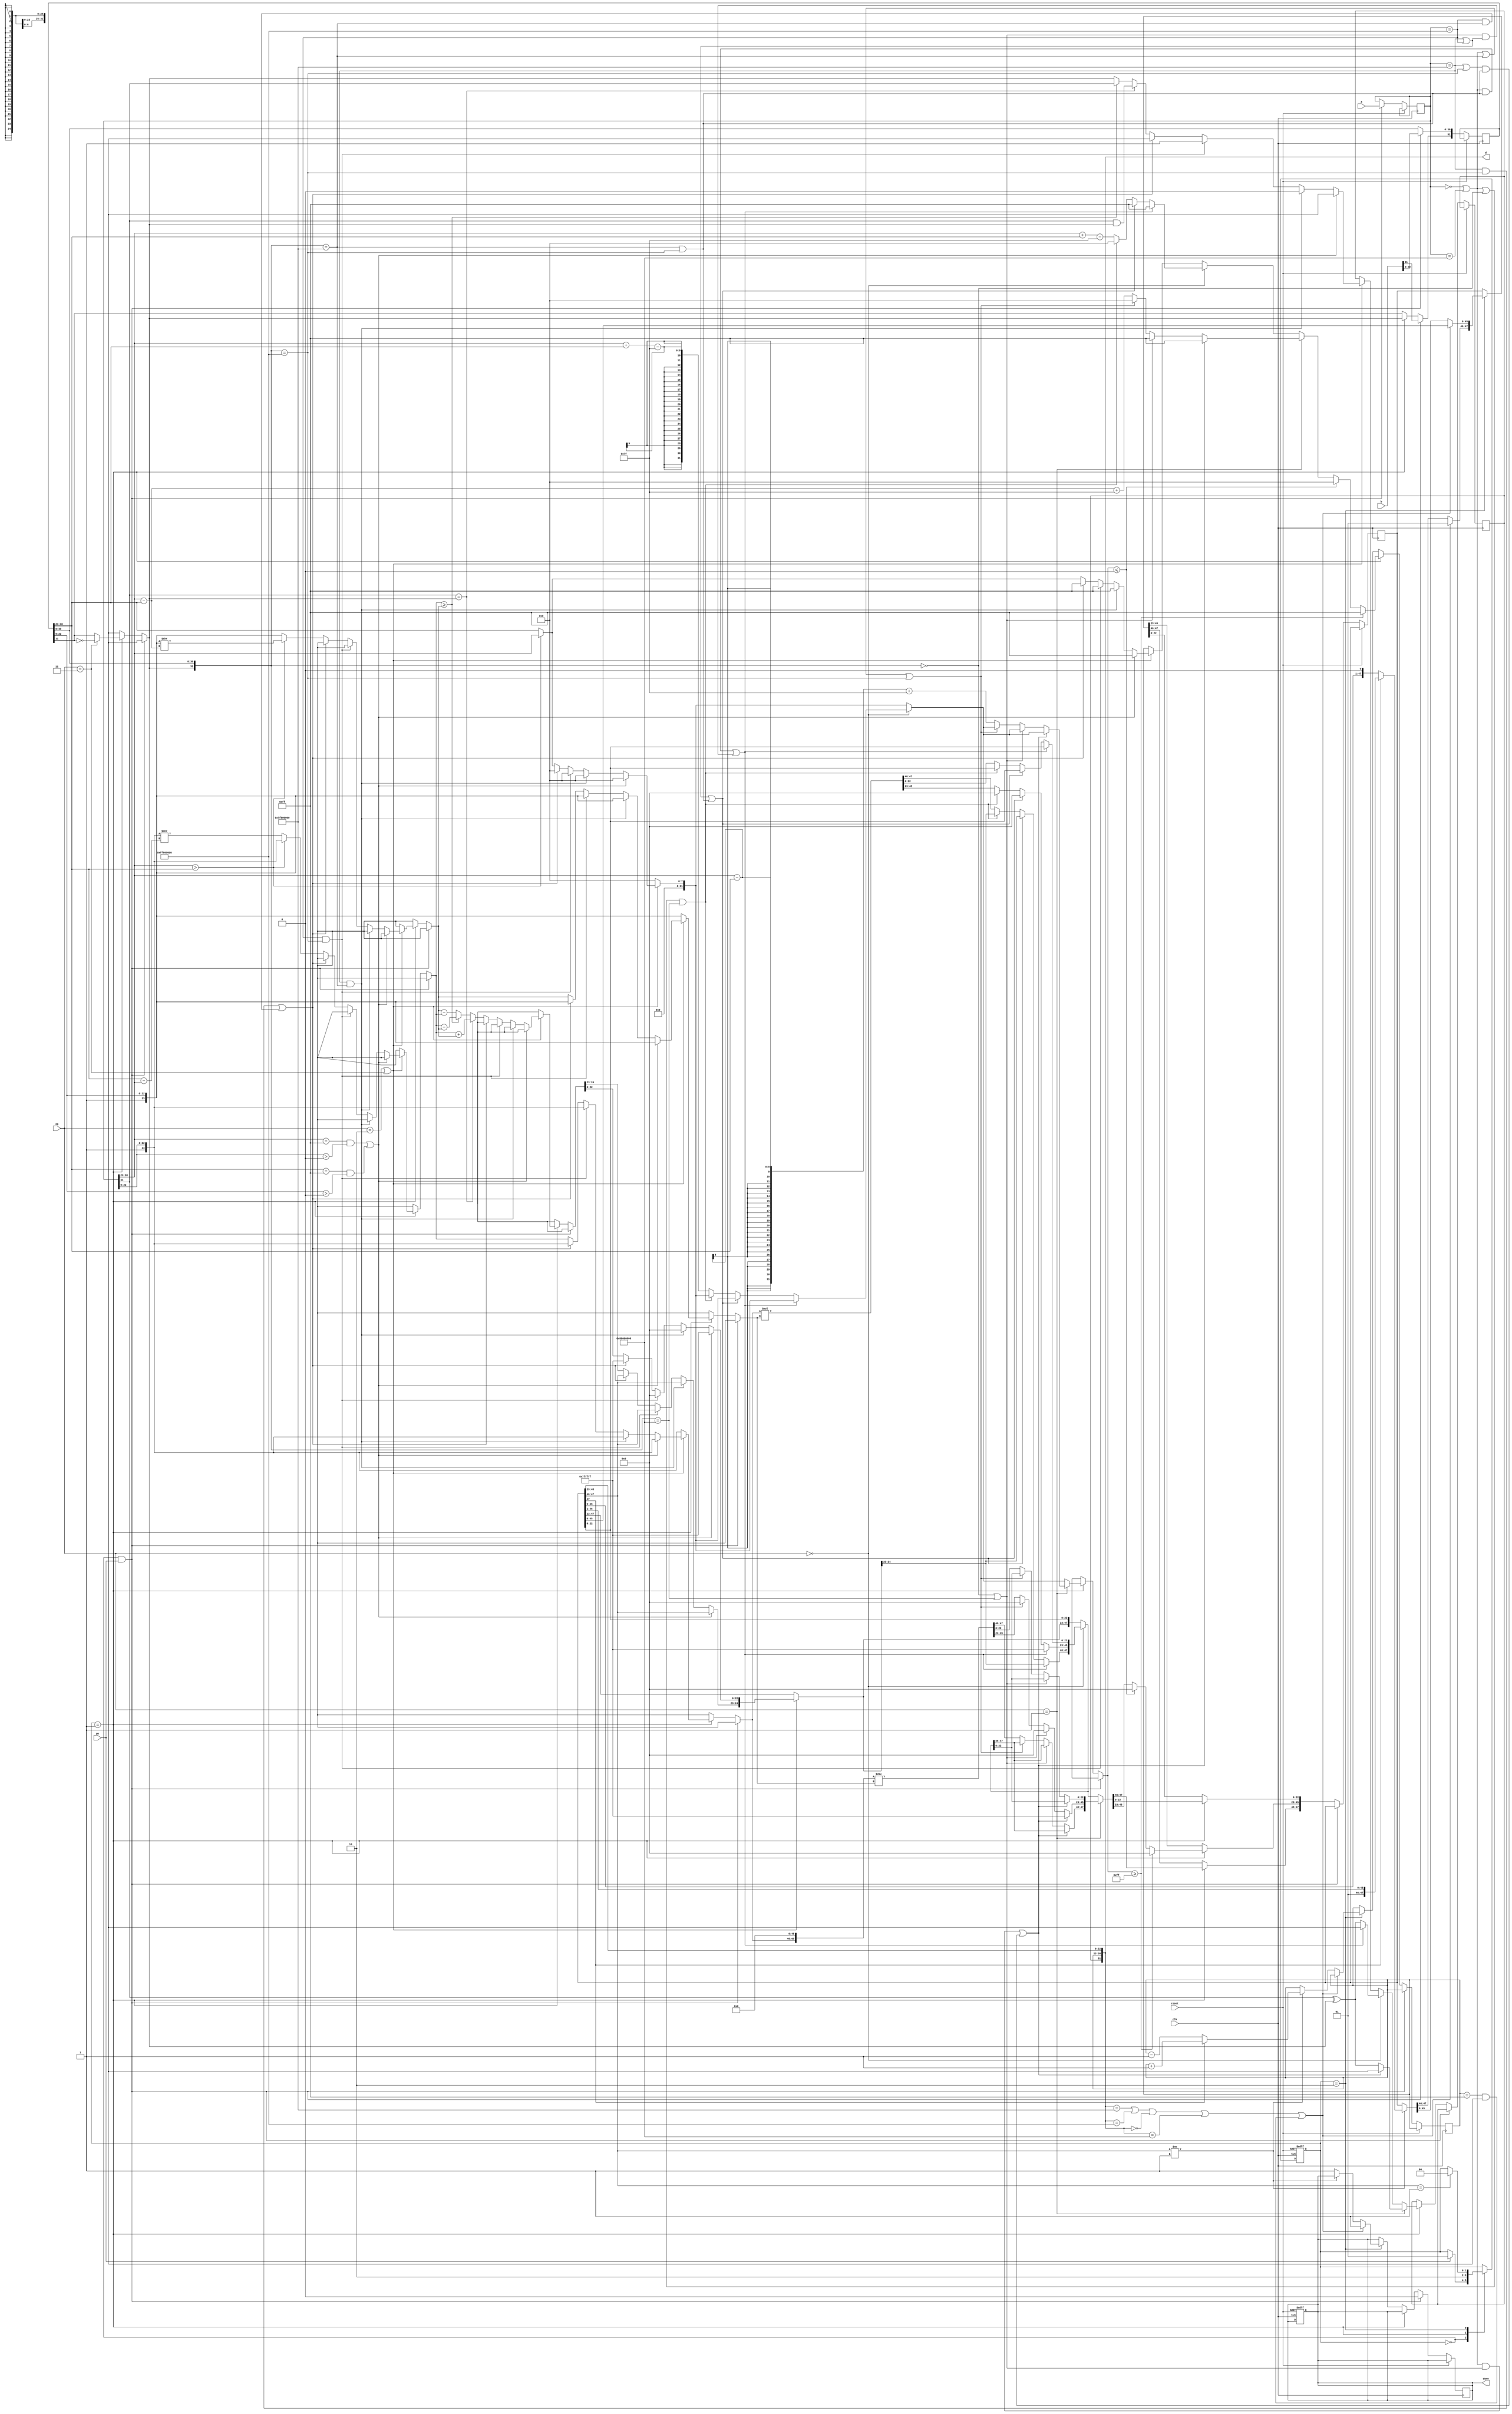
module ieee754_sp(output [31:0] d, output reg done,
  input clk, input [31:0] a, b, input [1:0] op, input go, reset);

    parameter sign_bit = 31,
              exp_msb = 30,
              exp_lsb = 23,
              frac_msb = 22,
              frac_lsb = 0;

    parameter [7:0] bias = 127;

    parameter [1:0] st_ready = 0,
                    st_calc = 1,
                    st_norm = 2;

    parameter [1:0] op_mult = 0,
                    op_div = 1,
                    op_add = 2,
                    op_sub = 3;

    parameter [31:0] PZERO = {1'b0, {8{1'b0}}, {23{1'b0}}},
                     NZERO = {1'b1, {8{1'b0}}, {23{1'b0}}},
                     PINFINITY = {1'b0, {8{1'b1}}, {23{1'b0}}},
                     NINFINITY = {1'b1, {8{1'b1}}, {23{1'b0}}},
                     NAN = {1'bx, {8{1'b1}}, {23{1'b1}}};

    reg [1:0] state;
    reg [31:0] regA, regB;
    reg [7:0] shift;
    reg [7:0] exp;
    reg [47:0] sig;
    reg sign, signA, signB;
    reg [7:0] expA, expB;
    reg [23:0] sigA, sigB;
    integer iexp, UNDERFLOW = 0, OVERFLOW = 255;

    always @(posedge clk, posedge reset) begin
        if (reset) begin
            done <= 0;
            state <= st_ready;
        end
        else
          case (state)
              st_ready: if (go) state <= st_calc;
              st_calc: state <= st_norm;
              st_norm: if (sig[47:46] == 2'b01) state <= st_ready;
          endcase
    end

    always @(posedge clk, posedge reset) begin
        if (reset == 0) begin

            if (state == st_ready && go) begin
                regA <= a;
                regB <= b;
                done <= 0;
            end
            else if (state == st_calc) begin
                if (op == op_sub) regB[sign_bit] = ~regB[sign_bit];

                sigA = {1'b1, regA[frac_msb:frac_lsb]};
                sigB = {1'b1, regB[frac_msb:frac_lsb]};
                expA = regA[exp_msb:exp_lsb];
                expB = regB[exp_msb:exp_lsb];
                signA = regA[sign_bit];
                signB = regB[sign_bit];
                shift = 0;
                iexp = 0;

                if (op == op_add || op == op_sub) begin
                    if ((regA[30:23] == NAN[30:23] && regA[22:0] > 0) || (regB[30:23] == NAN[30:23] && regB[22:0] > 0)) {sign, exp, sig[45:23]} = NAN;
                    else if (regA == PINFINITY && regB == PINFINITY) {sign, exp, sig[45:23]} = PINFINITY;
                    else if (regA == NINFINITY && regB == NINFINITY) {sign, exp, sig[45:23]} = NINFINITY;
                    else if ((regA == PINFINITY && regB == NINFINITY) || (regA == NINFINITY && regB == PINFINITY)) {sign, exp, sig[45:23]} = NAN;
                    else begin
                        if (expA > expB) begin
                            exp = expA;
                            iexp = expA;
                            shift = expA - expB;
                            sigB = sigB >> shift;
                        end
                        else begin
                            exp = expB;
                            iexp = expB;
                            shift = expB - expA;
                            sigA = sigA >> shift;
                        end

                        if (signA == signB) begin
                            sig[47:23] = sigA + sigB;
                            sign = signA & signB;
                        end
                        else begin
                            if (sigA >= sigB) begin
                                sig[47:23] = sigA - sigB;
                                sign = signA;
                            end
                            else begin
                                sig[47:23] = sigB - sigA;
                                sign = signB;
                            end
                        end
                    end
                end

                if (op == op_mult) begin
                    if (((regA == PZERO || regA == NZERO) && (regB == PINFINITY || regB == NINFINITY)) ||
                       ((regB == PZERO || regB == NZERO) && (regA == PINFINITY || regA == NINFINITY))) {sign, exp, sig[45:23]} = NAN;
                    else if ((regA == PINFINITY || regA == NINFINITY) || (regB == PINFINITY || regB == NINFINITY)) {sign, exp, sig[45:23]} = {signA ^ signB, PINFINITY[30:0]};
                    else if (regA == PZERO || regA == NZERO || regB == PZERO || regB == NZERO) {sign, exp, sig[45:23]} = {signA ^ signB, PZERO[30:0]};
                    else begin
                        sign = signA ^ signB;
                        exp = expA + expB - bias;
                        iexp = expA + expB - bias;
                        sig = sigA * sigB;
                    end
                end

                if (op == op_div) begin
                    if (((regA == PZERO || regA == NZERO) && (regB == PZERO || regB == NZERO)) ||
                        ((regA == PINFINITY || regB == NINFINITY) && (regB == PINFINITY || regB == NINFINITY))) {sign, exp, sig[45:23]} = NAN;
                    else if (regB == PZERO || regB == NZERO) {sign, exp, sig[45:23]} = {signA ^ signB, PINFINITY[30:0]};
                    else if (regA == PZERO || regA == NZERO || regB == PINFINITY || regB == NINFINITY) {sign, exp, sig[45:23]} = {signA ^ signB, PZERO[30:0]};
                    else begin
                        sign = signA ^ signB;
                        exp = expA - expB + bias;
                        iexp = expA - expB + bias;
                        sig = {sigA, {46{1'b0}}} / sigB;
                    end
                end

                if (iexp <= UNDERFLOW) {exp, sig[45:23]} = PZERO[30:0];
                if (iexp >= OVERFLOW) {exp, sig[45:23]} = PINFINITY[30:0];
            end
            else if (state == st_norm) begin
                if ({sign, exp, sig[45:23]} == PINFINITY ||
                    {sign, exp, sig[45:23]} == NINFINITY ||
                    {sign, exp, sig[45:23]} == PZERO ||
                    {sign, exp, sig[45:23]} == NZERO ||
                    (exp == NAN[30:23] && exp[22:0] > 0)) begin sig[47:46] = 2'b01; done = 1; end
                else if (sig[47:46] != 2'b01) begin
                    if (sig[47]) begin
                        sig = sig >> 1;
                        exp = exp + 1;
                    end
                    else begin
                        sig = sig << 1;
                        exp = exp - 1;
                    end
                end
                // if (exp == UNDERFLOW) begin
                //     sig[47:46] = 2'b01;
                //     {exp, sig[45:23]} = PZERO[30:0];
                //     done = 1;
                // end
                // if (exp == OVERFLOW) begin
                //     sig[47:46] = 2'b01;
                //     {exp, sig[45:23]} = PINFINITY[30:0];
                //     done = 1;
                // end
                else done = 1;
            end
        end
    end

    assign d[sign_bit] = sign;
    assign d[exp_msb:exp_lsb] = exp;
    assign d[frac_msb:frac_lsb] = sig[45:23];

endmodule